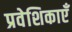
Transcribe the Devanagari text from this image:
प्रवेशिकाएँ